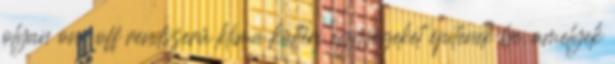
olyan on off rendszerű klíma kültéri egységeket építenek be, amelyek